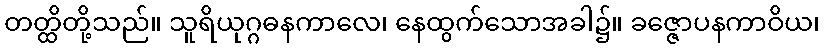
တတ္ထိတို့သည်။ သူရိယုဂ္ဂဓနကာလေ၊ နေထွက်သောအခါ၌။ ခဇ္ဇောပနကာဝိယ၊